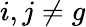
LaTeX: {i,j}\neq g